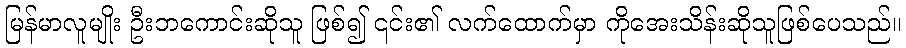
မြန်မာလူမျိုး ဦးဘကောင်းဆိုသူ ဖြစ်၍ ၎င်း၏ လက်ထောက်မှာ ကိုအေးသိန်းဆိုသူဖြစ်ပေသည်။